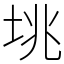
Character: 垗